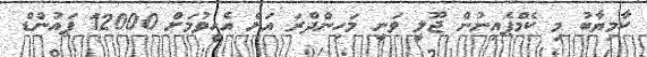
ކާމިޔާބު މި ކެމްޕެއިނުން ޖޫލީ ވަނީ މަހިންދްރަ އަށް އެހީވުމަށް 12000 ޕައުންޑް